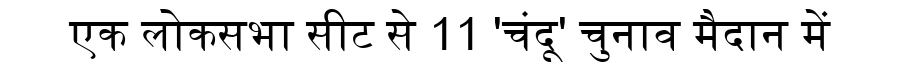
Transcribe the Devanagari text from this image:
एक लोकसभा सीट से 11 'चंदू' चुनाव मैदान में